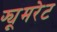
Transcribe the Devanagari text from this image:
फ्यूमरेट